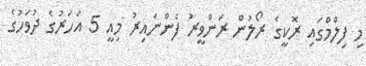
މި ފިލްމްގައި ރޮކީގެ ރޯލުން ރަންވީރު ފެންނައިރު މިއީ 5 އަހަރުގެ ދުވަހުގެ